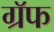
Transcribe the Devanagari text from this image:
ग्रॅफ